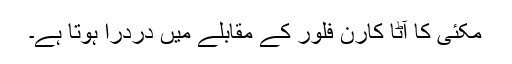
مکئی کا آٹا کارن فلور کے مقابلے میں دردرا ہوتا ہے۔